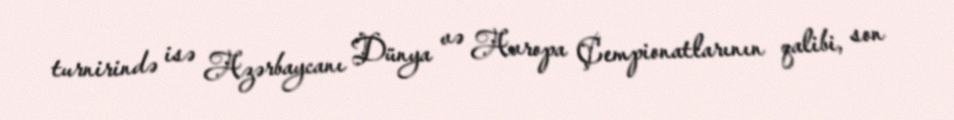
turnirində isə Azərbaycanı Dünya və Avropa Çempionatlarının qalibi, son